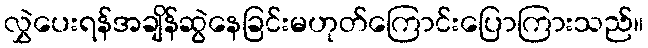
လွှဲပေးရန်အချိန်ဆွဲနေခြင်းမဟုတ်ကြောင်းပြောကြားသည်။